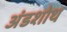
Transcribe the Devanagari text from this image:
अंडशोथ